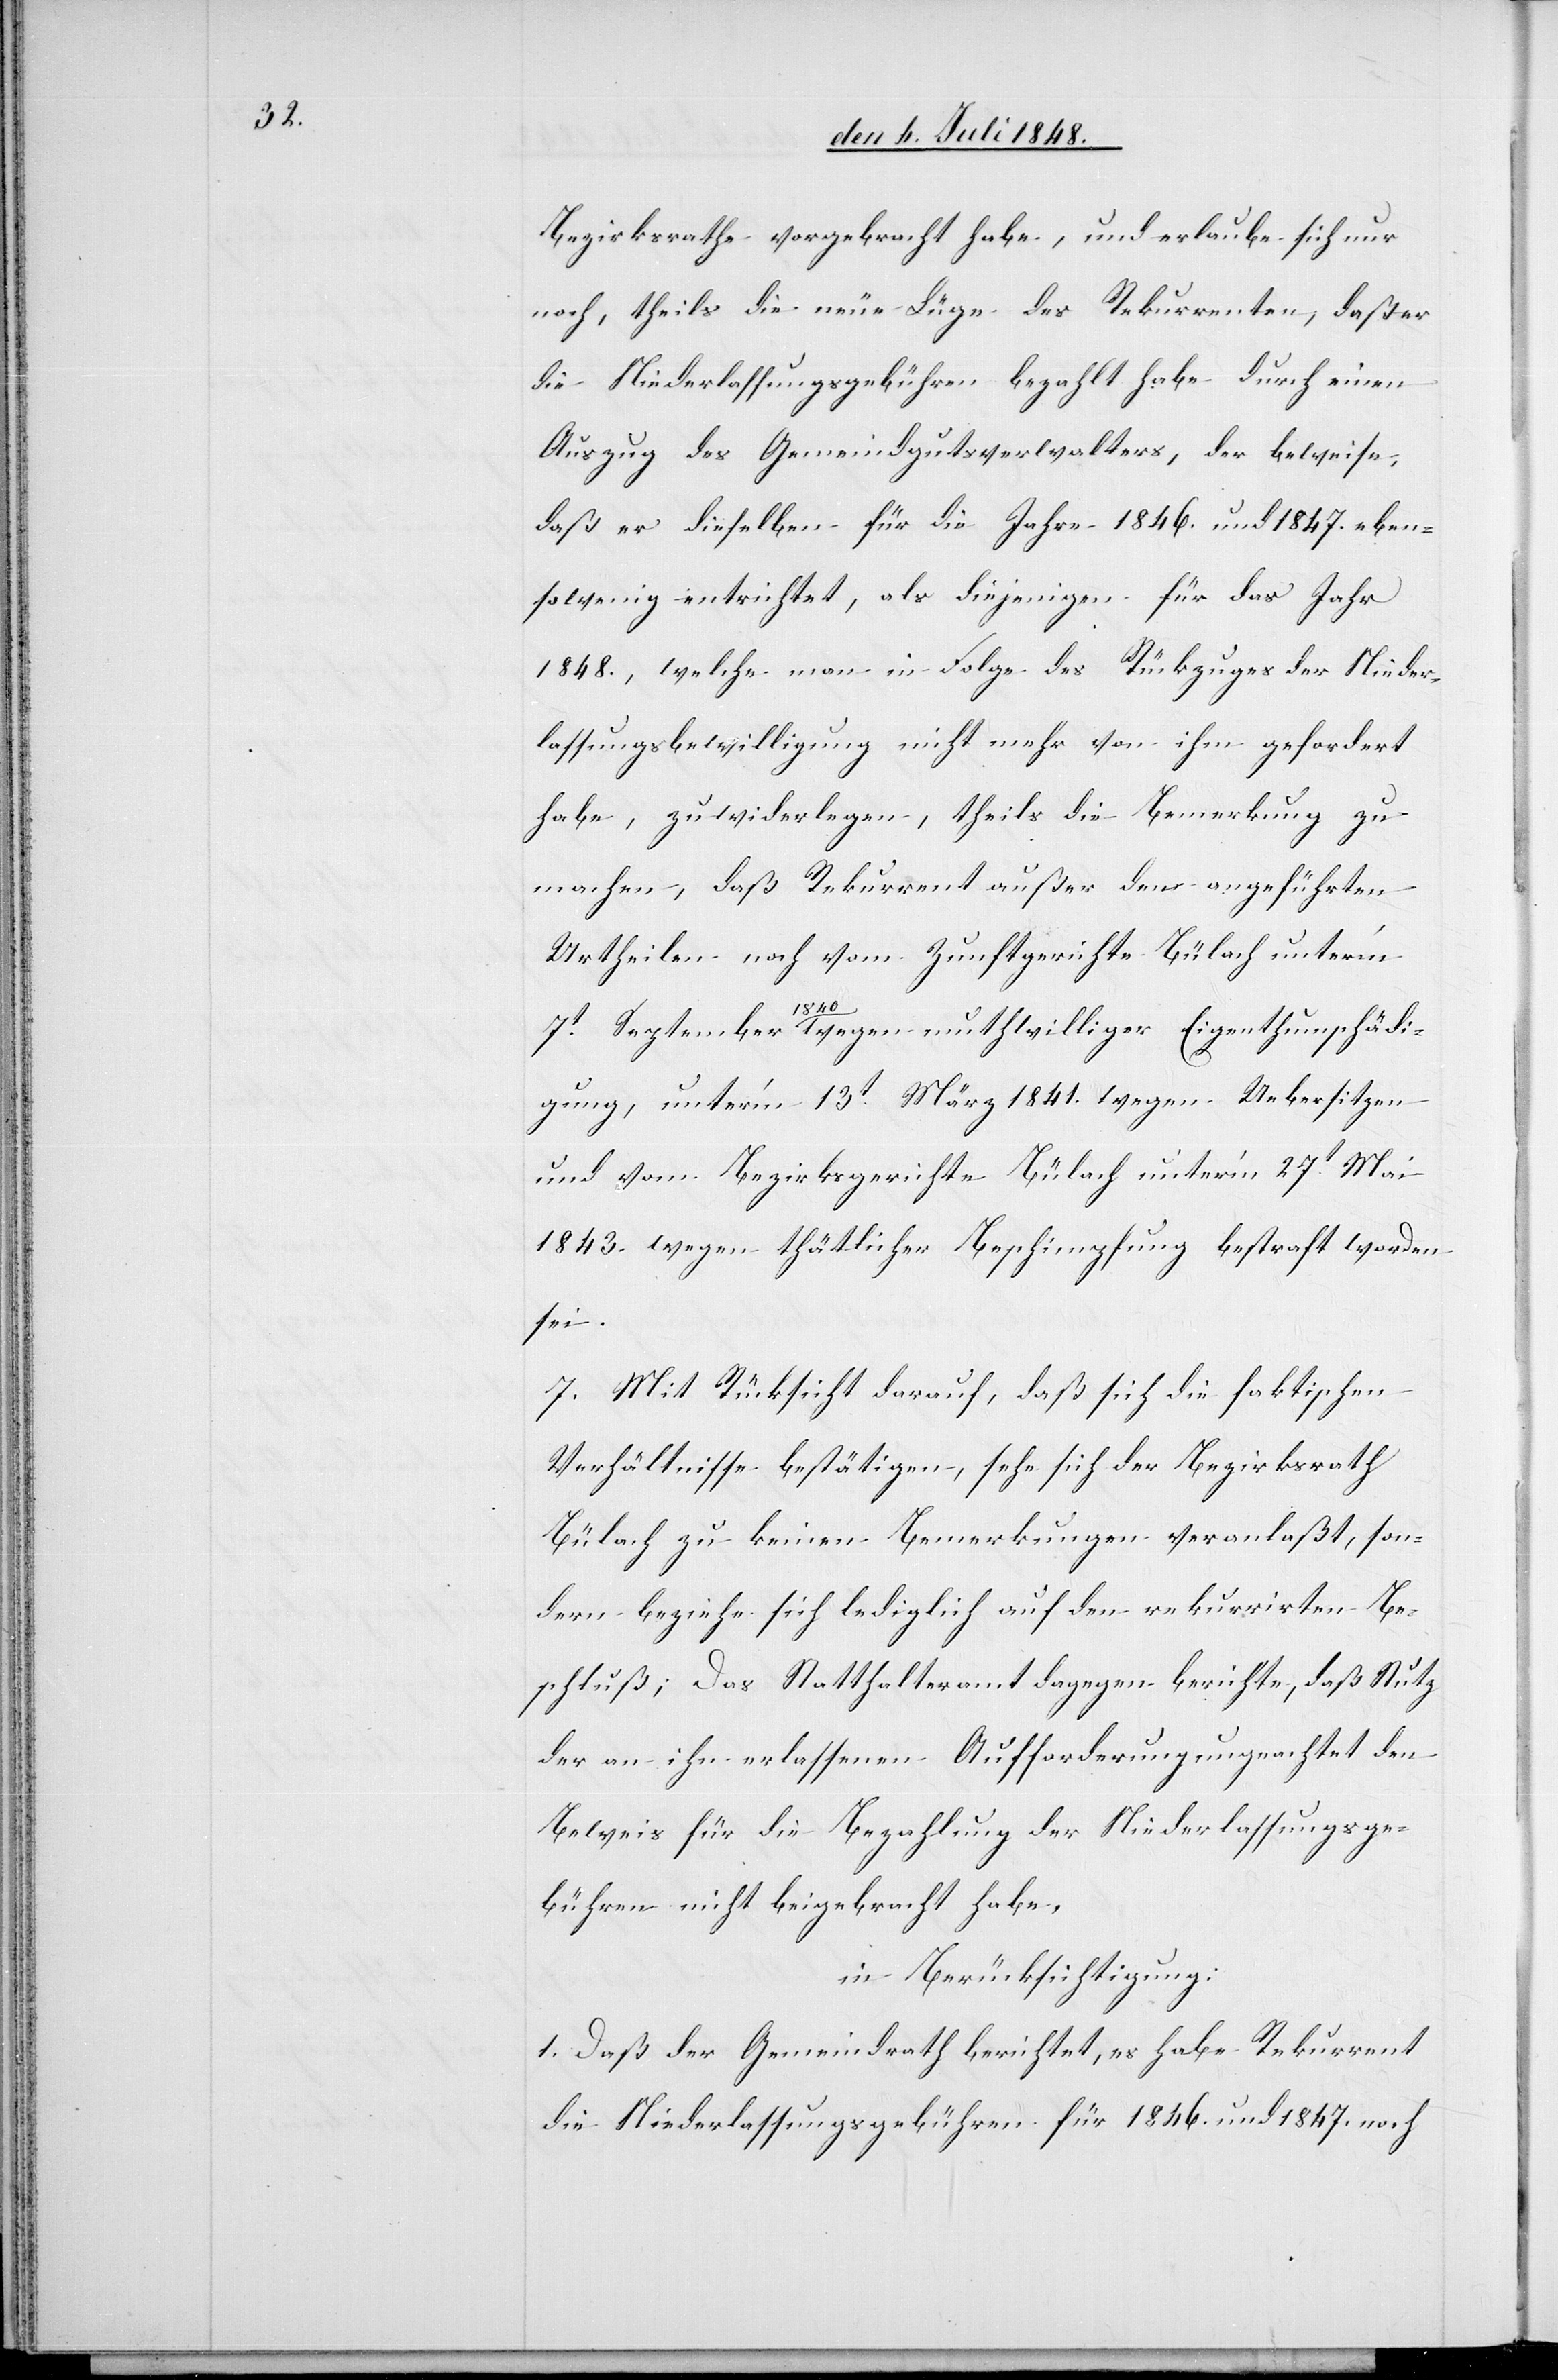
Bezirksrath vorgebracht habe, und erlaube sich nur
noch, theils die neue Lüge des Rekurrenten, daß er
die Niederlassungsgebühren bezahlt habe durch einen
Auszug des Gemeindgutsverwalters, der beweise,
daß er dieselben für die Jahre 1846. und 1847. eben¬
sowenig entrichtet, als diejenigen für das Jahr
1848., welche man in Folge des Rückzuges der Nieder¬
lassungsbewilligung nicht mehr von ihm gefordert
habe, zu wiederlegen, theils die Bemerkung zu
machen, daß Rekurrent außer den angeführten
Urtheilen noch vom Zunftgerichte Bülach unter’m
7t September 1840. wegen muthwilliger Eigenthumsschädi¬
gung, unter’m 13rt März 1841. wegen Uebersitzen
und vom Bezirksgerichte Bülach unter’m 27t Mai
1843. wegen thätlicher Beschimpfung bestraft worden
sei.
7. Mit Rücksicht darauf, daß sich die faktischen
Verhältnisse bestätigen, sehe sich der Bezirksrath
Bülach zu keinen Bemerkungen veranlaßt, son¬
dern beziehe sich lediglich auf den rekurrirten Be¬
schluß; Das Statthalteramt dagegen berichte, daß Stutz
der an ihn erlassenen Aufforderung ungeachtet den
Beweis für die Bezahlung der Niederlassungsge¬
bühren nicht beigebracht habe,
in Berücksichtigung:
1. Daß der Gemeindrath berichtet, es habe Rekurrent
die Niederlassungsgebühren für 1846. und 1847. noch